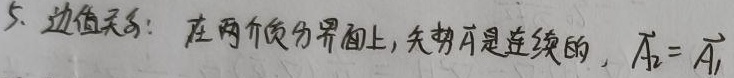
5. 边值关系：在两个介质分界面上，矢势$\vec{A}$是连续的，
\[\vec{A}_{2}=\vec{A}_{1}\] 。